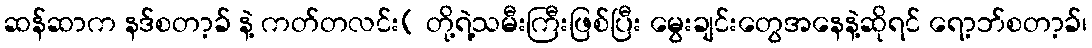
ဆန်ဆာက နဒ်စတာ့ခ် နဲ့ ကတ်တလင်း( တို့ရဲ့သမီးကြီးဖြစ်ပြီး မွေးချင်းတွေအနေနဲ့ဆိုရင် ရော့ဘ်စတာ့ခ်၊